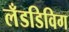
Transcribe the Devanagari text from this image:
लँडडिविग